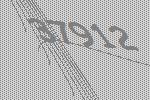
37912